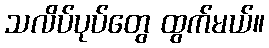
သလိပ်ပုပ်တွေ ထွက်မယ်။